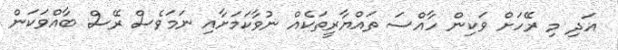
އަދި މި ރޭހަށް ވަކިން ހާއްސަ ތައްޔާރީތަކެއް ނުވާކަމަށާއި ނަމަވެސް ރޭސް ބާއްވަކަން